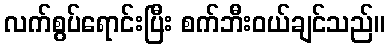
လက်စွပ်ရောင်းပြီး စက်ဘီးဝယ်ချင်သည်။